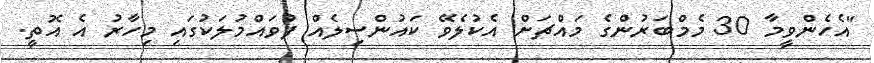
"އެހެންވީމާ 30 މެމްބަރުންގެ މައްޗަށް އެކުލެވޭ ކައުންސިލެއް ފުވައްމުލަކުގައި މިހާރު އެ އޮތީ.